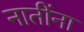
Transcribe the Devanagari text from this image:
नातींना